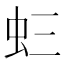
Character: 𧈵